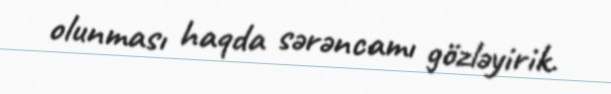
olunması haqda sərəncamı gözləyirik.